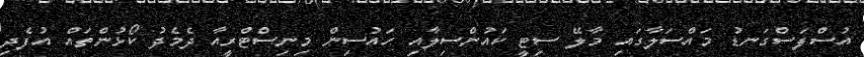
އުސްފަސްގަނޑު މައްސަލާގައި މާލޭ ސިޓީ ކައުންސިލާއި ހައުސިން މިނިސްޓްރީއާ ދެމެދު ކޯޅުންތައް އުފެދި